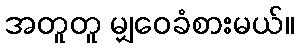
အတူတူ မျှဝေခံစားမယ်။